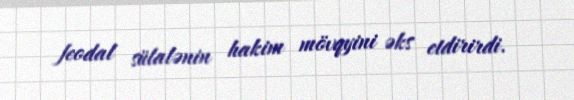
feodal sülalənin hakim mövqyini əks etdirirdi.